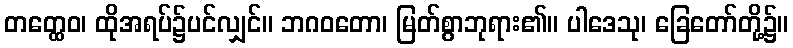
တတ္ထေဝ၊ ထိုအရပ်၌ပင်လျှင်။ ဘဂဝတော၊ မြတ်စွာဘုရား၏။ ပါဒေသု၊ ခြေတော်တို့၌။